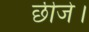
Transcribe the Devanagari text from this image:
छीजे।